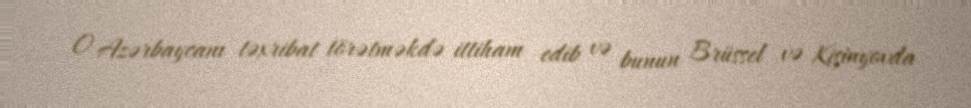
O Azərbaycanı təxribat törətməkdə ittiham edib və bunun Brüssel və Kişinyovda